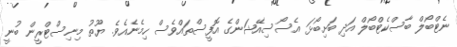
ނެޓްބޯލް ބާސްކެޓްބޯލް އަދި ބަށިބޯޅަ އެސޯސިއޭޭޝަންގެ އޮފީސްތައްވެސް ހިމެނެއެވެ. ޔޫތު މިނިސްޓްރީން ބުނީ